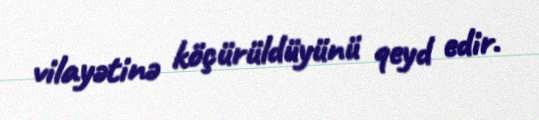
vilayətinə köçürüldüyünü qeyd edir.